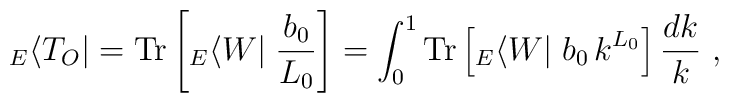
\;{}_E\langle T_O | = {\rm Tr}\left[{}_E\langle W |\;\frac{b_0}{L_0}\right]  = \int_0^1 {\rm Tr}\left[{}_E\langle W |\;b_0\,k^{L_0} \right]  \frac{dk}{k}~,